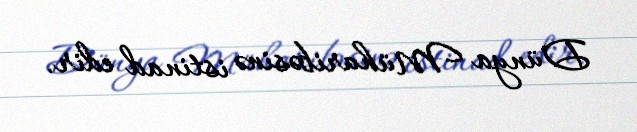
Dünya Müharibəsinə istinad edir.